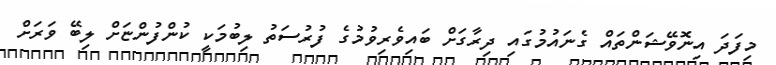
މިފަދަ އިނޮވޭޝަންތައް ގެނައުމުގައި ދިރާގަށް ބައިވެރިވުމުގެ ފުރުސަތު ލިބުމަކީ ކުންފުންޏަށް ލިބޭ ވަރަށް